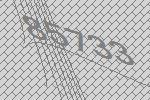
85733